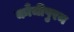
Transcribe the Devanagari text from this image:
काँचीपुरम